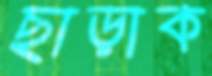
ছাড়াক